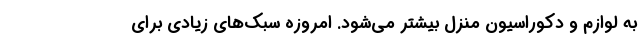
به لوازم و دکوراسیون منزل بیشتر می‌شود. امروزه سبک‌های زیادی برای